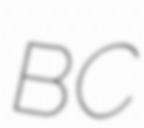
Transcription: BC